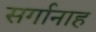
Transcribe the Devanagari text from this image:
सर्गानाह